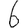
Digit: 6